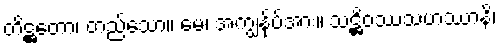
တိဋ္ဌတော၊ တည်သော။ မေ၊ အကျွန်ုပ်အား။ သဋ္ဌိဝဿသဟဿာနိ၊